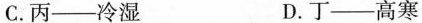
C. 丙--冷湿 D. 丁--高寒